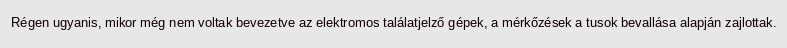
Régen ugyanis, mikor még nem voltak bevezetve az elektromos találatjelző gépek, a mérkőzések a tusok bevallása alapján zajlottak.